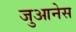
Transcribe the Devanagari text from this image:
जुआनेस